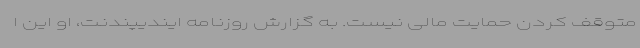
متوقف کردن حمایت مالی نیست. به گزارش روزنامه ایندیپندنت، او این ا